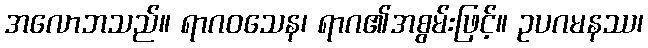
အလောဘသည်။ ရာဂဝသေန၊ ရာဂ၏အစွမ်းဖြင့်။ ဥပဂမနဿ၊